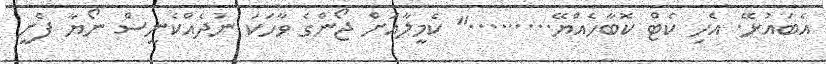
އެބައުޅޭ. އެހި ކެޓް ކޮބާހެއްޔޭ........." ކެމީލާއަށް ޖޯންގެ ވާހަކަ ނުދެއްކެނީސް ނޯޔާ ފެށީ